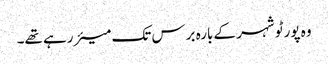
وہ پورٹو شہر کے بارہ برس تک میئر رہے تھے۔